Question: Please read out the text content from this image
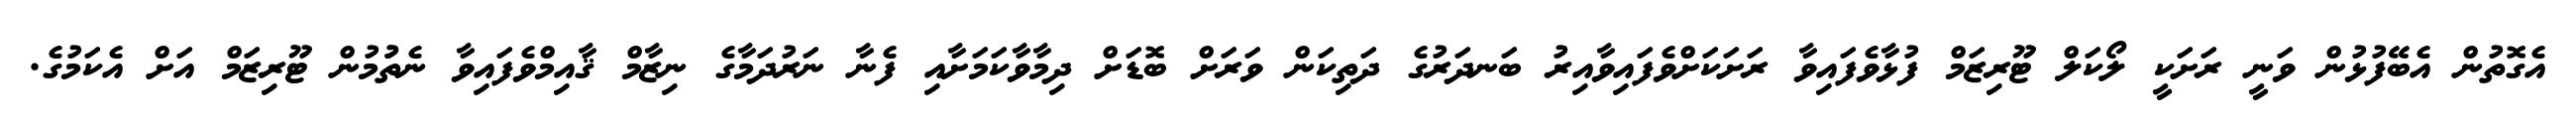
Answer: އެގޮތުން އެބޭފުޅުން ވަނީ ރަށަކީ ލޯކަލް ޓޫރިޒަމް ފުޅާވެފައިވާ ރަށަކަށްވެފައިވާއިރު ބަނދަރުގެ ދަތިކަން ވަރަށް ބޮޑަށް ދިމާވާކަމަށާއި ފެނާ ނަރުދަމާގެ ނިޒާމް ޤާއިމްވެފައިވާ ނެތުުމުން ޓޫރިޒަމް އަށް އެކަމުގެ.